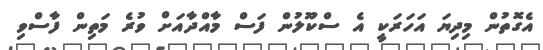
އެގޮތުން މިދިޔަ އަހަރަކީ އެ ސްކޫލުން ފަސް މާއްދާއަށް ވުރެ މަތިން ފާސްވި